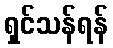
ရှင်သန်ရန်